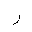
Letter: _ra